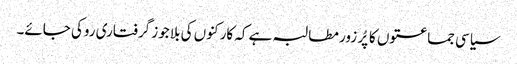
سیاسی جماعتوں کا پُر زور مطالبہ ہے کہ کارکنوں کی بلا جوز گرفتاری روکی جائے۔